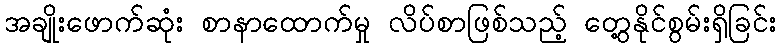
အချိုးဖောက်ဆုံး စာနာထောက်မှု လိပ်စာဖြစ်သည့် တွေ့နိုင်စွမ်းရှိခြင်း